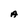
Character: A